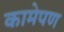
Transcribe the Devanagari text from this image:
कामेपण